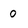
Character: 0